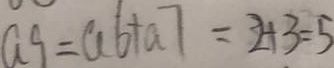
a 9 = a 6 + a 7 = 2 + 3 = 5